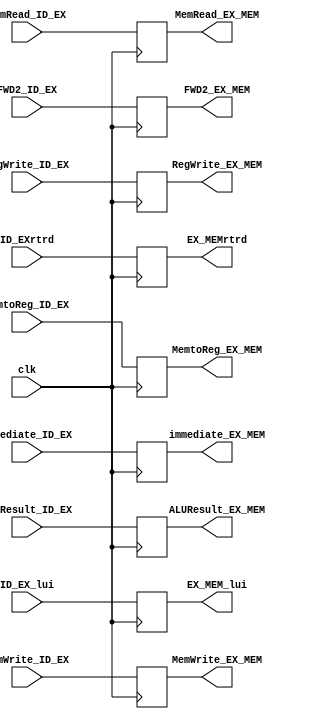
`timescale 1ns / 1ps
//////////////////////////////////////////////////////////////////////////////////
// Company: 
// Engineer: 
// 
// Design Name: 
// Module Name: EX_MEMpipeline
// Project Name: 
// Target Devices: 
// Tool Versions: 
// Description: 
// 
// Dependencies: 
// 
// Revision:
// Revision 0.01 - File Created
// Additional Comments:
// 
//////////////////////////////////////////////////////////////////////////////////

module EX_MEMpipeline(
input clk,
input [31:0] ALUResult_ID_EX,
input [4:0] ID_EXrtrd,
input [31:0] FWD2_ID_EX,
input [31:0] ID_EX_lui,

input   MemRead_ID_EX,MemWrite_ID_EX,
input MemtoReg_ID_EX,RegWrite_ID_EX,
input immediate_ID_EX,

output reg [31:0] ALUResult_EX_MEM,
output reg [4:0] EX_MEMrtrd,
output reg [31:0] FWD2_EX_MEM,
output reg [31:0] EX_MEM_lui,

output reg MemRead_EX_MEM,
output reg MemWrite_EX_MEM,
output reg  MemtoReg_EX_MEM,
output reg RegWrite_EX_MEM,
output reg immediate_EX_MEM
    );
    
    always @(posedge clk)
    begin
        ALUResult_EX_MEM = ALUResult_ID_EX;
        EX_MEMrtrd = ID_EXrtrd;
        FWD2_EX_MEM = FWD2_ID_EX;
        EX_MEM_lui = ID_EX_lui;
        MemRead_EX_MEM = MemRead_ID_EX;
        MemWrite_EX_MEM = MemWrite_ID_EX;
        MemtoReg_EX_MEM = MemtoReg_ID_EX;
        RegWrite_EX_MEM = RegWrite_ID_EX;
        immediate_EX_MEM = immediate_ID_EX;
    end
    
endmodule